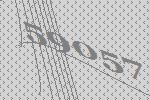
59057